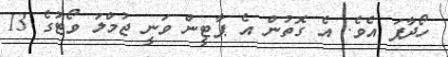
ހޯދާފަ އެވެ. އެ ގޮތުން އެ ޕާޓީން ވަނީ ޖުމްލަ ވޯޓުގެ 13